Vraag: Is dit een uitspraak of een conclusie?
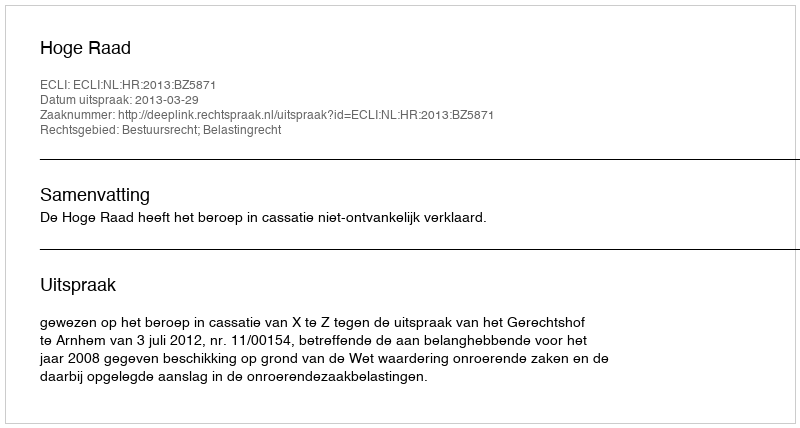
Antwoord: Uitspraak